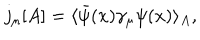
j _ { \mu } [ A ] = \langle \bar { \psi } ( x ) \gamma _ { \mu } \psi ( x ) \rangle _ { A } ,